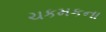
ચકમકના